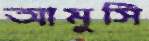
আমুসি